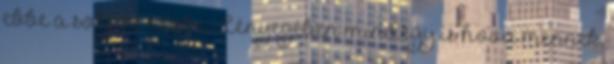
ebbe a sokféle névbe. Lényegében mindegy is hová mennek,